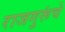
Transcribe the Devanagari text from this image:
राजगुरूंचे